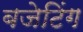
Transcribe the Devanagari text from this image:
बजेटिंग